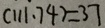
( 1 1 1 \cdot 7 4 ) = 3 7